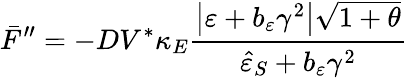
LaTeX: \bar{F}^{\prime\prime}=-DV^{\ast}\kappa_{E}\frac{\left\vert\varepsilon+b_{\varepsilon}\gamma^{2}\right\vert\sqrt{1+\theta}}{\hat{\varepsilon}_{S}+b_{\varepsilon}\gamma^{2}}